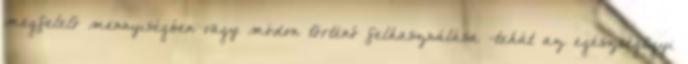
megfelelő mennyiségben vagy módon történő felhasználása -tehát az egészségügyi